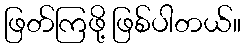
ဖြတ်ကြဖို့ ဖြစ်ပါတယ်။